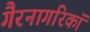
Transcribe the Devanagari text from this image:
गैरनागरिकॉ